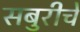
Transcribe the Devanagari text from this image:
सबुरीचे